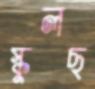
স্কুলছ